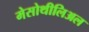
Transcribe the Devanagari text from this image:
मेसोथीलिअल